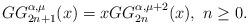
LaTeX: \begin{align*}GG_{2n+1}^{\alpha,\mu}(x)=xGG_{2n}^{\alpha,\mu+2}(x),\ n\geq0.\end{align*}